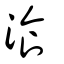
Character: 餐